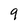
Character: 9